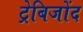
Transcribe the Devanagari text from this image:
ट्रेबिजोंद